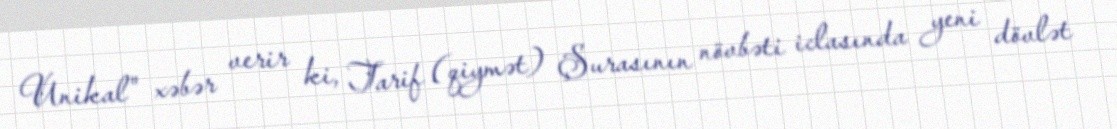
Unikal" xəbər verir ki, Tarif (qiymət) Şurasının növbəti iclasında yeni dövlət